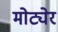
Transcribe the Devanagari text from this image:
मोट्येर